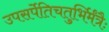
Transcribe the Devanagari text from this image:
उपसर्पेतिचतुर्भिर्मंत्रैः